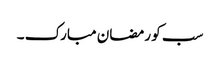
سب کو رمضان مبارک ۔